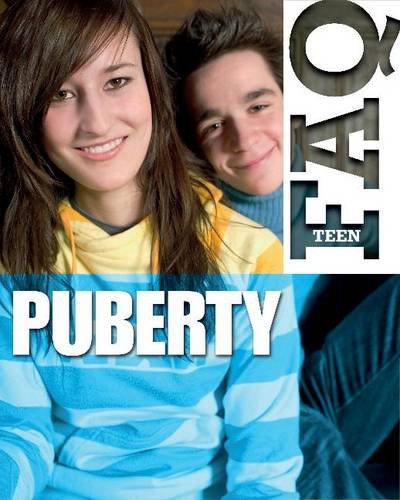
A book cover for Puberty (Teen FAQ); Jillian Powell; Teen & Young Adult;